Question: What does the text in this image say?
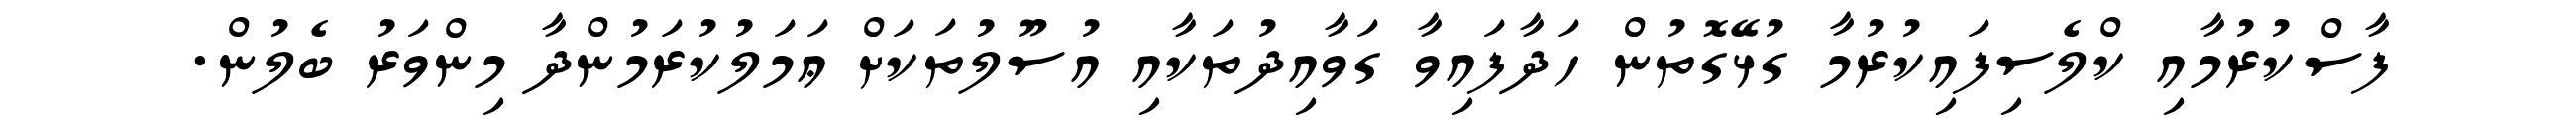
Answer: ފާސްކުރުމާއި ކްލެސިފައިކުރުމާ ގުޅޭގޮތުން ހަދާފައިވާ ގަވާއިދުތަކާއި އުސޫލުތަކަށް ޢަމަލުކުރަމުންދާ މިންވަރު ބެލުން.